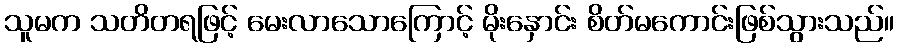
သူမက သတိတရဖြင့် မေးလာသောကြောင့် မိုးနှောင်း စိတ်မကောင်းဖြစ်သွားသည်။